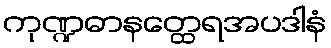
ကုဏ္ဍဓာနတ္ထေရအပဒါနံ